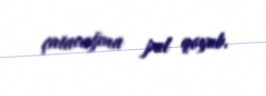
çatacağına pul qoyub.